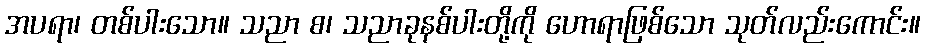
အပရာ၊ တစ်ပါးသော။ သညာ စ၊ သညာခုနစ်ပါးတို့ကို ဟောရာဖြစ်သော သုတ်လည်းကောင်း။